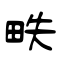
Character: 畉